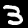
Digit: 3